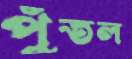
পুঁতল